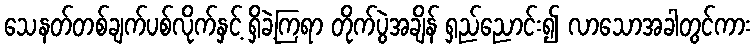
သေနတ်တစ်ချက်ပစ်လိုက်နှင့် ရှိခဲ့ကြရာ တိုက်ပွဲအချိန် ရှည်ညောင်း၍ လာသောအခါတွင်ကား